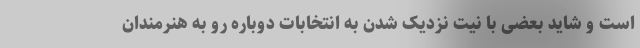
است و شاید بعضی با نیت نزدیک شدن به انتخابات دوباره رو به هنرمندان